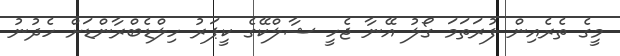
މީގެ ތެރެއިން ފުރަތަމަ ގޯލު އޭނާ ޖެހީ ޝާލްކޭގެ ކީޕަރު ހިލްޑެބްރާންޑަށް ހެދުނު